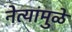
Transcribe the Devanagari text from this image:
नेत्यांमुळे